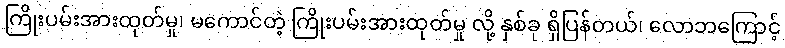
ကြိုးပမ်းအားထုတ်မှု၊ မကောင်တဲ့ ကြိုးပမ်းအားထုတ်မှု လို့ နှစ်ခု ရှိပြန်တယ်၊ လောဘကြောင့်